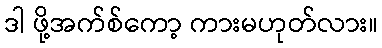
ဒါ ဖို့အက်စ်ကော့ ကားမဟုတ်လား။